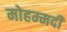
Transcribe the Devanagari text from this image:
मोहम्‍मदी